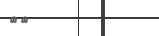
١٧